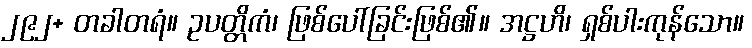
၂၉၂+ တခါတရံ။ ဥပတ္တိကံ၊ ဖြစ်ပေါ်ခြင်းဖြစ်၏။ အဋ္ဌဟိ၊ ရှစ်ပါးကုန်သော။